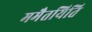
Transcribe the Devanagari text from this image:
ममैतयिति